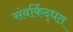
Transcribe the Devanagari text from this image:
संवर्किद्धत